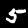
Label: 5